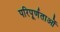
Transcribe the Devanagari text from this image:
परिपूर्णताओं